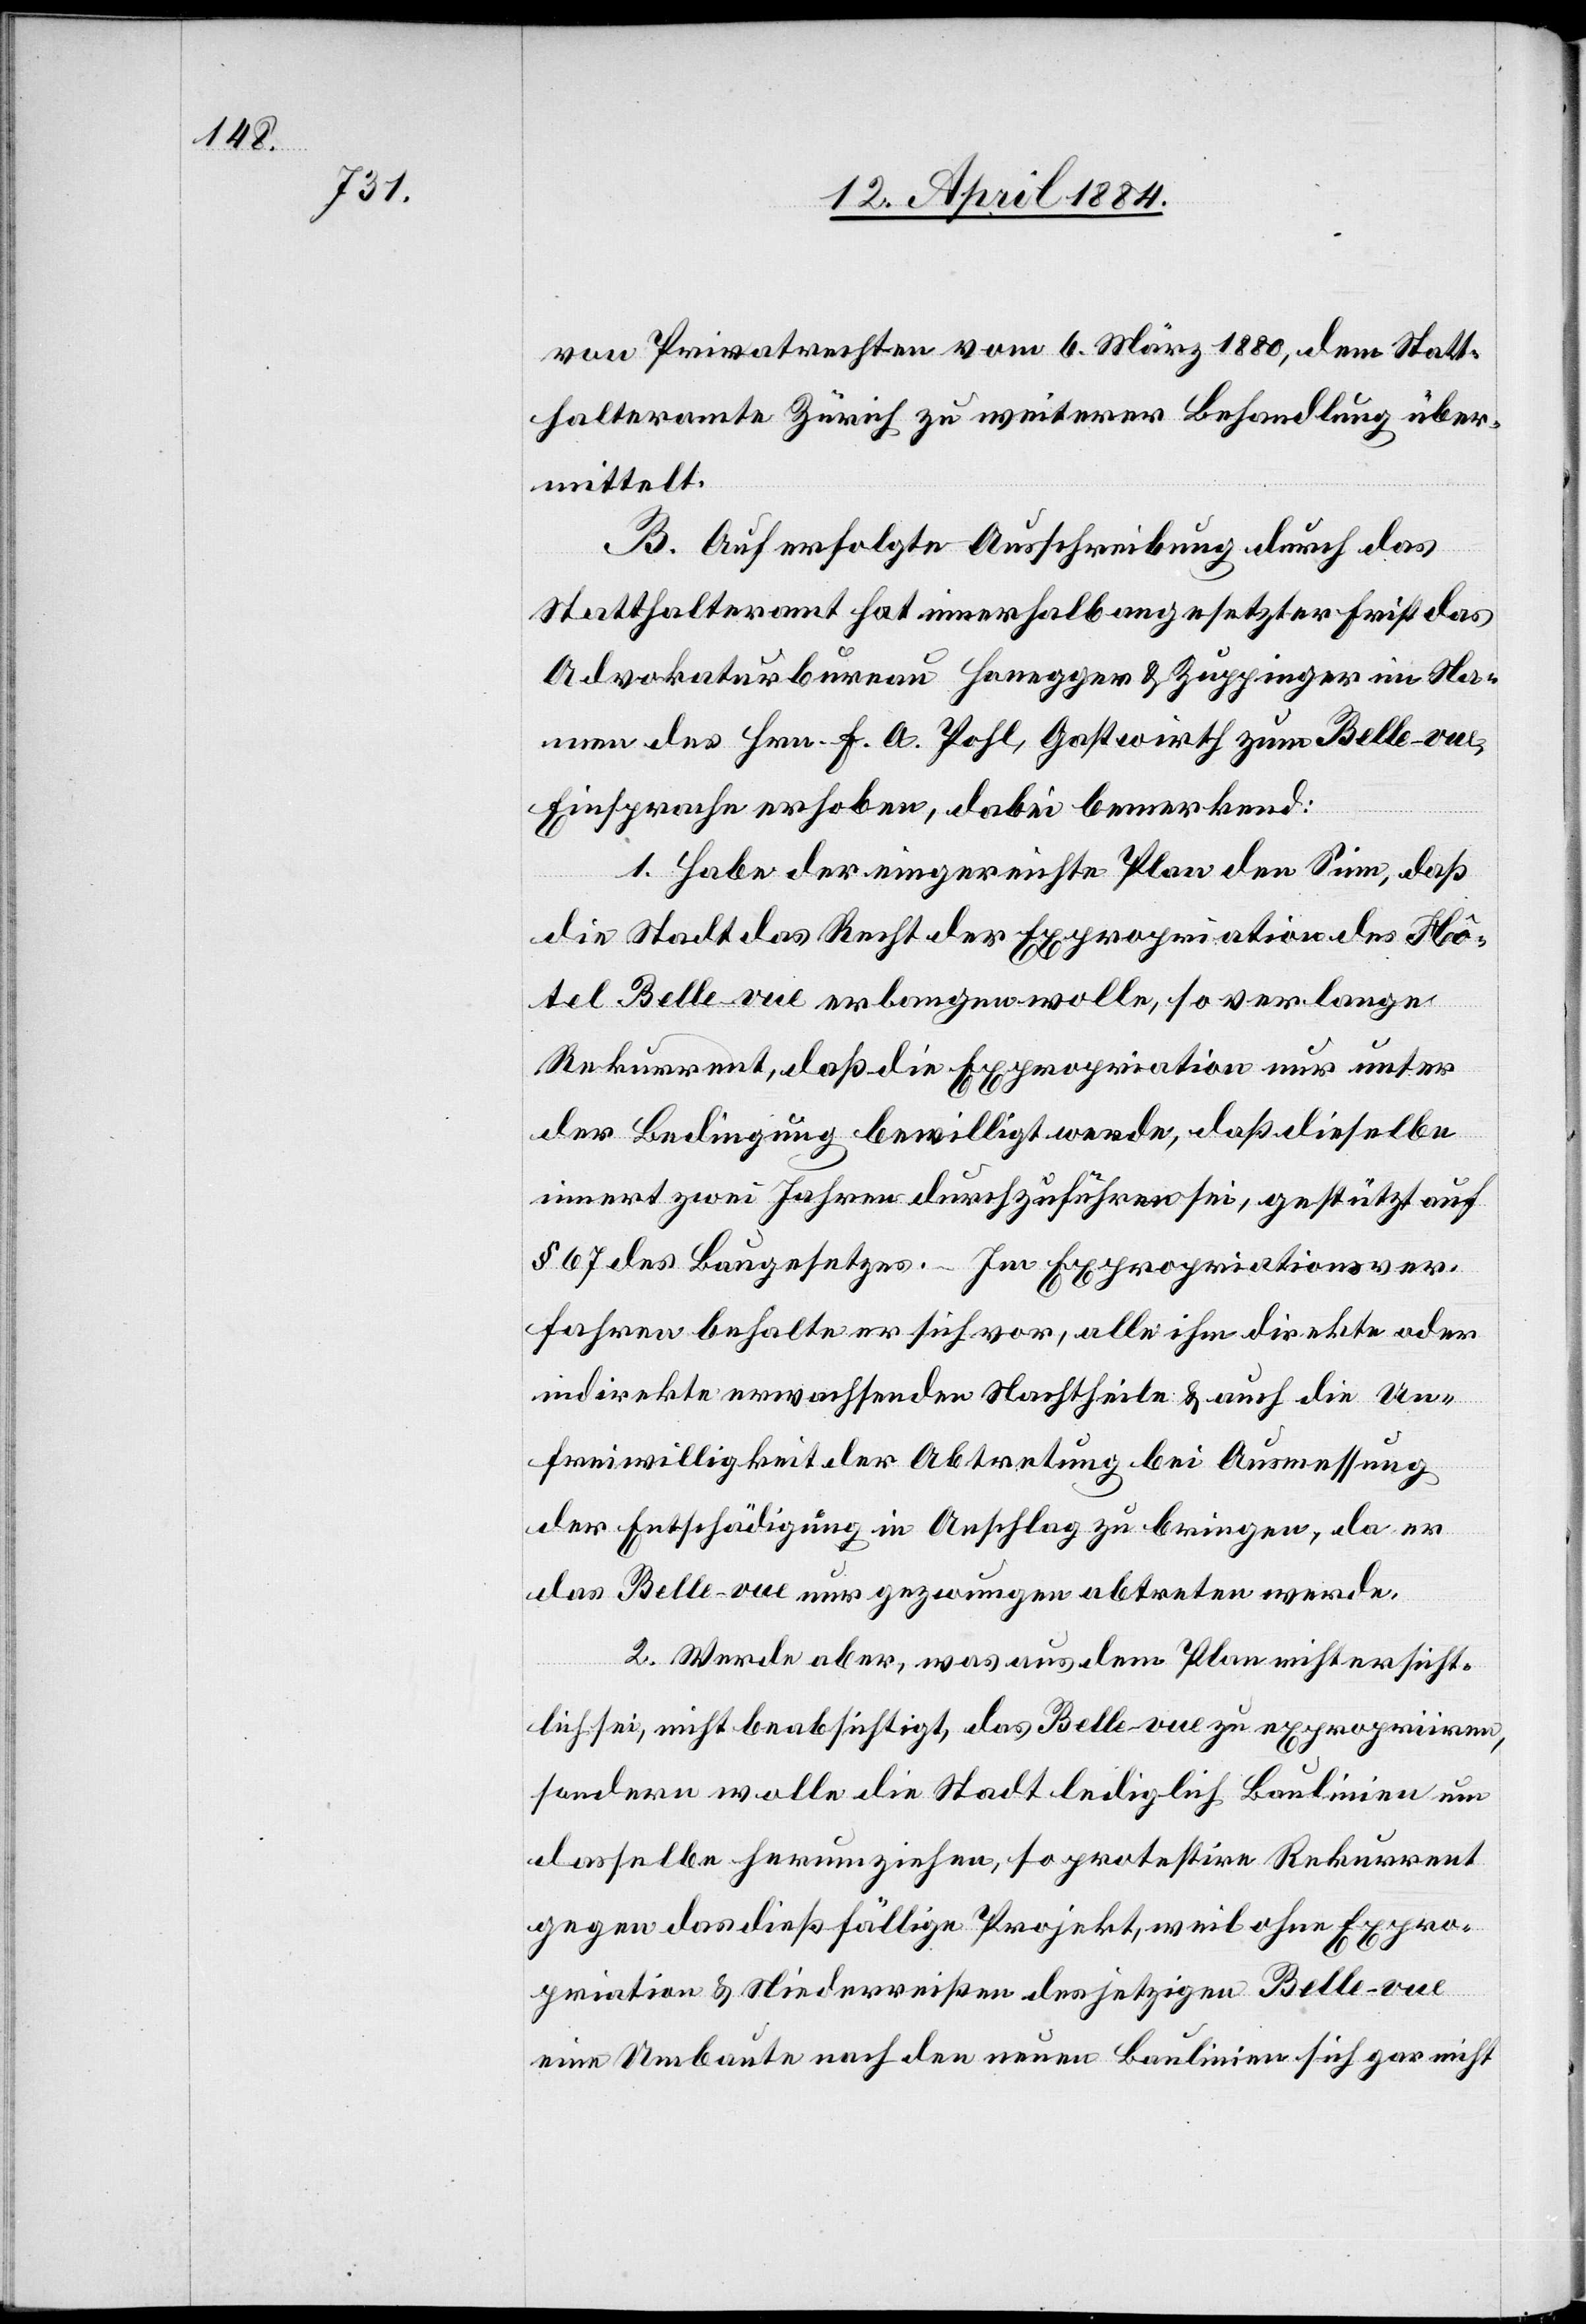
von Privatrechten vom 6. März 1880, dem Statt¬
halteramte Zürich zu weiterer Behandlung über¬
mittelt.
B. Auf erfolgte Ausschreibung durch das
Statthalteramt hat innerhalb angesetzter Frist das
Advokaturbureau Honegger & Zuppinger im Na¬
mens des Hrn. F. A. Pohl, Gastwirth zum Belle-vue,
Einsprache erhoben, dabei bemerkend:
1. Habe der eingereichte Plan den Sinn, daß
die Stadt das Recht der Expropriation des Ho¬
tel Belle-vue erlangen wolle, so verlange
Rekurrent, daß die Expropriation nur unter
der Bedingung bewilligt werde, daß dieselbe
innert zwei Jahren durchzuführen sei, gestützt auf
§ 67 des Baugesetzes. Im Expropriationsver¬
fahren behalte er sich vor, alle ihm direkte oder
indirekte erwachsenden Nachtheile & auch die Un¬
freiwilligkeit der Abtretung bei Ausmessung
der Entschädigung in Anschlag zu bringen, da er
das Belle-vue nur gezwungen abtreten werde.
2. Werde aber, was aus dem Plan nicht ersicht¬
lich sei, nicht beabsichtigt, das Belle-vue zu expropriiren,
sondern wolle die Stadt lediglich Baulinien um
dasselbe herumziehen, so protestire Rekurrent
gegen das dießfällige Projekt, weil ohne Expro¬
priation & Niederreißen des jetzigen Belle-vue
eine Umbaute nach den neuen Baulinien sich gar nicht